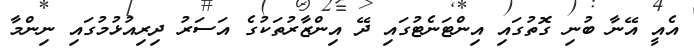
އެއީ އޭނާ ބުނި ގޮތުގައި އިންޓަނެޓުގައި ދޭ އިންޒާރުތަކުގެ އަސަރު ދިރިއުޅުމުގައި ނިންމާ